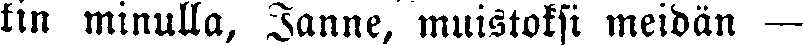
kin minulla, Janne, muistoksi meidän —